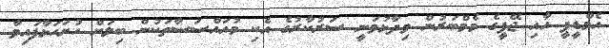
އެމްޑީޕީ އާއި ޖޭޕީގެ މެމްބަރުން ވިދާޅުވަނީ ސަރުކާރުގެ އެކި މުއައްސަސާތަކުން ބިލަށް ހުށަހަޅާފައިވާ